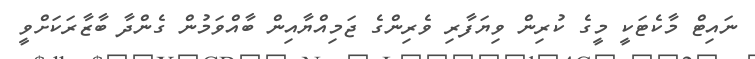
ނައިޓް މާކެޓަކީ މީގެ ކުރިން ވިޔަފާރި ވެރިންގެ ޖަމިއްޔާއިން ބާއްވަމުން ގެންދާ ބާޒާރަކަށްވީ